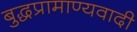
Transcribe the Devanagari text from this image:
बुद्धप्रामाण्यवादी